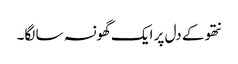
نتھو کے دل پر ایک گھونسہ سا لگا۔